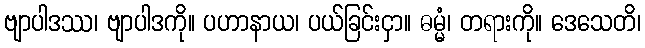
ဗျာပါဒဿ၊ ဗျာပါဒကို။ ပဟာနာယ၊ ပယ်ခြင်းငှာ။ ဓမ္မံ၊ တရားကို။ ဒေသေတိ၊